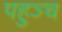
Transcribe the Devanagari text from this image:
पहुञ्च